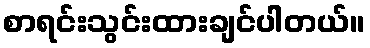
စာရင်းသွင်းထားချင်ပါတယ်။